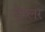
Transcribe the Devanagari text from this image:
डेम्लर